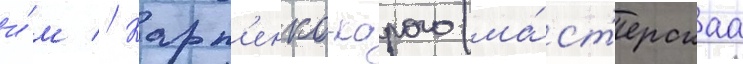
и́м // Карп'енко-карого (ма́ст'ерскаа